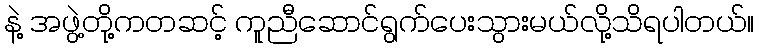
နဲ့ အဖွဲ့တို့ကတဆင့် ကူညီဆောင်ရွက်ပေးသွားမယ်လို့သိရပါတယ်။